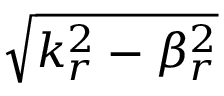
\sqrt { k _ { r } ^ { 2 } - \beta _ { r } ^ { 2 } }